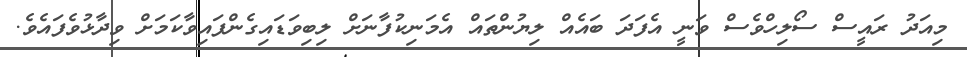
މިއަދު ރައީސް ސޯލިހްވެސް ވަނީ އެފަދަ ބައެއް ލިޔުންތައް އެމަނިކުފާނަށް ލިބިވަޑައިގެންފައިވާކަމަށް ވިދާޅުވެފައެވެ.